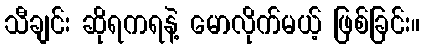
သီချင်း ဆိုရကရနဲ့ မောလိုက်မယ့် ဖြစ်ခြင်း။